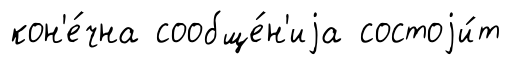
кон'е́чна сообще́н'иjа состоjи́т